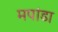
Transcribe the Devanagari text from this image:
मपांडा